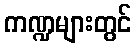
ကဏ္ဍများတွင်